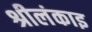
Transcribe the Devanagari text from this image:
श्रीलंकाइ